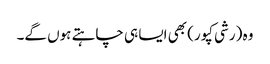
وہ (رشی کپور) بھی ایسا ہی چاہتے ہوں گے۔